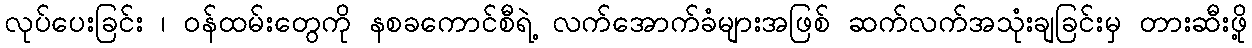
လုပ်ပေးခြင်း ၊ ဝန်ထမ်းတွေကို နစခကောင်စီရဲ့ လက်အောက်ခံများအဖြစ် ဆက်လက်အသုံးချခြင်းမှ တားဆီးဖို့